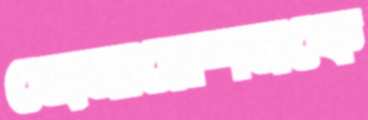
জেনারেশনকে